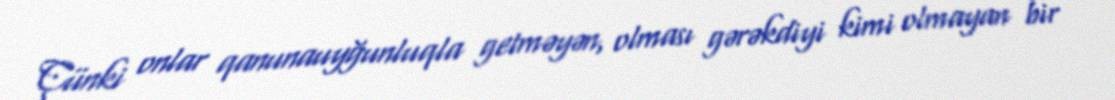
Çünki onlar qanunauyğunluqla getməyən, olması gərəkdiyi kimi olmayan bir